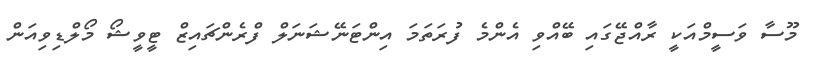
މޫސާ ވަސީމްއަކީ ރާއްޖޭގައި ބޭއްވި އެންމެ ފުރަތަމަ އިންޓަނޭޝަނަލް ފްރެންޗައިޒް ޓީވީޝޯ މޯލްޑިވިއަން